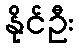
နိုင်ဦး